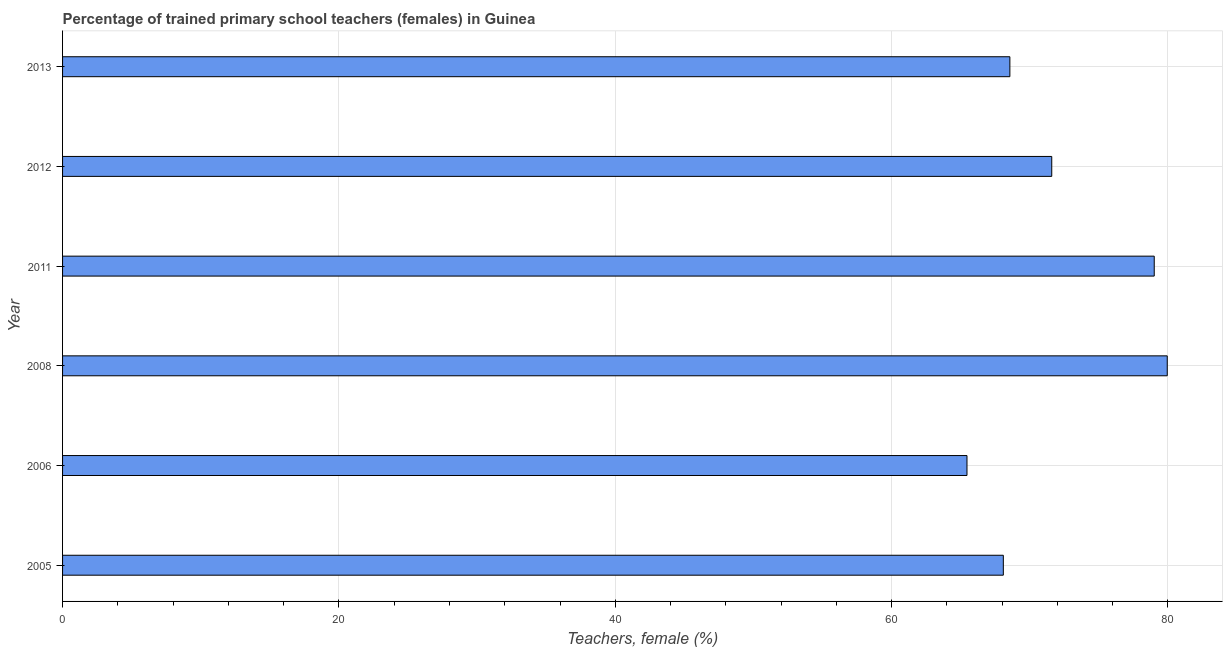
| Year | Trained teachers female |
 | --- | --- |
 | 2005 | 68.1 |
 | 2006 | 65.5 |
 | 2008 | 79.9 |
 | 2011 | 79 |
 | 2012 | 71.6 |
 | 2013 | 68.6 |